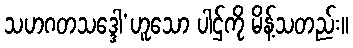
သဟဂတသဒ္ဒေါ’ဟူသော ပါဌ်ကို မိန့်သတည်း။